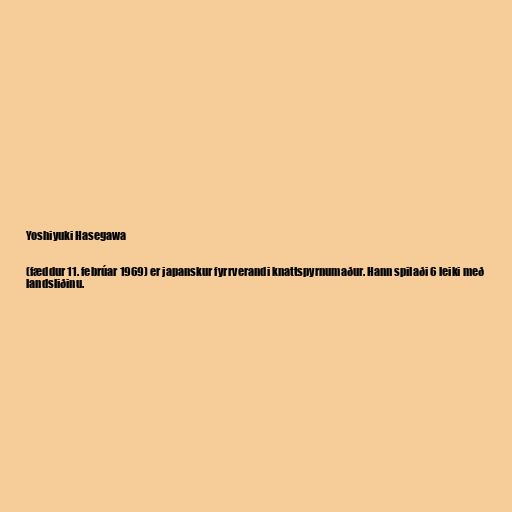
Yoshiyuki Hasegawa

(fæddur 11. febrúar 1969) er japanskur fyrrverandi knattspyrnumaður. Hann spilaði 6 leiki með
landsliðinu.